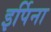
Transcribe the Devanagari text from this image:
इर्पिना